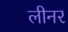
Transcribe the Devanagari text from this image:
लीनर